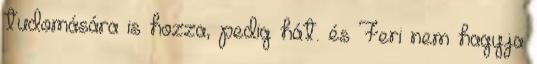
tudomására is hozza, pedig hát. és Feri nem hagyja